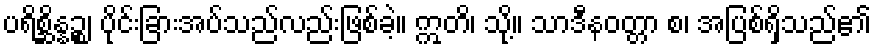
ပရိစ္ဆိန္နဉ္စ၊ ပိုင်းခြားအပ်သည်လည်းဖြစ်ခဲ့။ ဣတိ၊ သို့။ သာဒီနဝတ္တာ စ၊ အပြစ်ရှိသည်၏